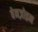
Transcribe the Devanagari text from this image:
बेनज़ोइन